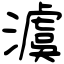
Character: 澞